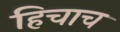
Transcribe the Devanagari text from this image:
हिचाच